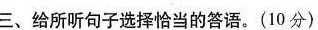
三、给所听句子选择恰当的答语.(10分)